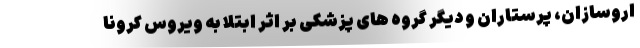
اروسازان، پرستاران و دیگر گروه های پزشکی بر اثر ابتلا به ویروس کرونا